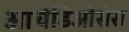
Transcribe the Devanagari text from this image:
आर्चडिओसेस